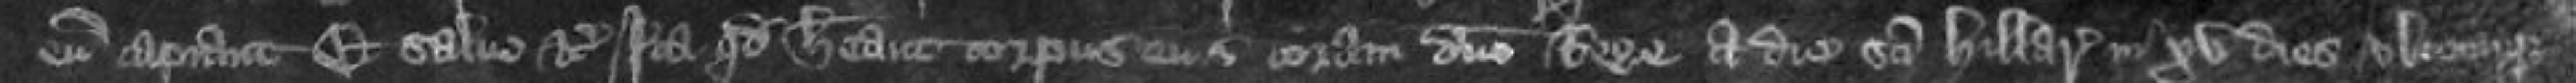
eum capiant et salvo etc Ita quod habeant corpus eius coram domino Rege a diem Sancti Hilarii in xv dies ubicumque